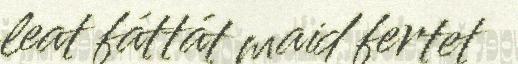
leat fáttát maid fertet